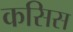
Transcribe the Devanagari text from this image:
कसिस